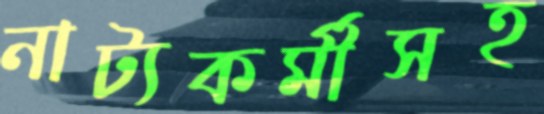
নাট্যকর্মীসহ